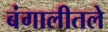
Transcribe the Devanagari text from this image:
बंगालीतले